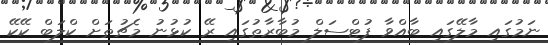
ނަމުގައި މާލޭގައި ބާއްވާ ފުޓްސަލް މުބާރާތުގައި ރޭ ކުޅުނު މެޗުތަށް ކްލަބް ކޭކޭ